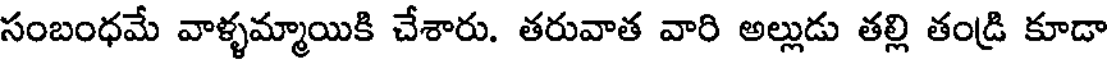
సంబంధమే వాళ్ళమ్మాయికి చేశారు. తరువాత వారి అల్లుడు తల్లి తండ్రి కూడా